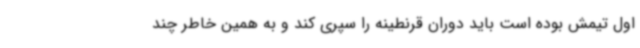
اول تیمش بوده است باید دوران قرنطینه را سپری کند و به همین خاطر چند